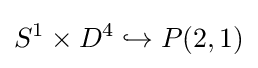
S^{1}\times D^{4}\hookrightarrow P(2,1)